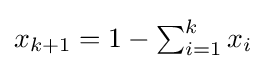
{\textstyle x_{k+1}=1-\sum _{i=1}^{k}x_{i}}